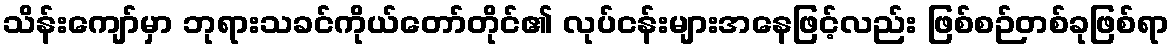
သိန်းကျော်မှာ ဘုရားသခင်ကိုယ်တော်တိုင်၏ လုပ်ငန်းများအနေဖြင့်လည်း ဖြစ်စဉ်တစ်ခုဖြစ်ရာ